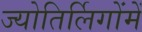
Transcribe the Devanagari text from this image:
ज्योतिर्लिगोंमें